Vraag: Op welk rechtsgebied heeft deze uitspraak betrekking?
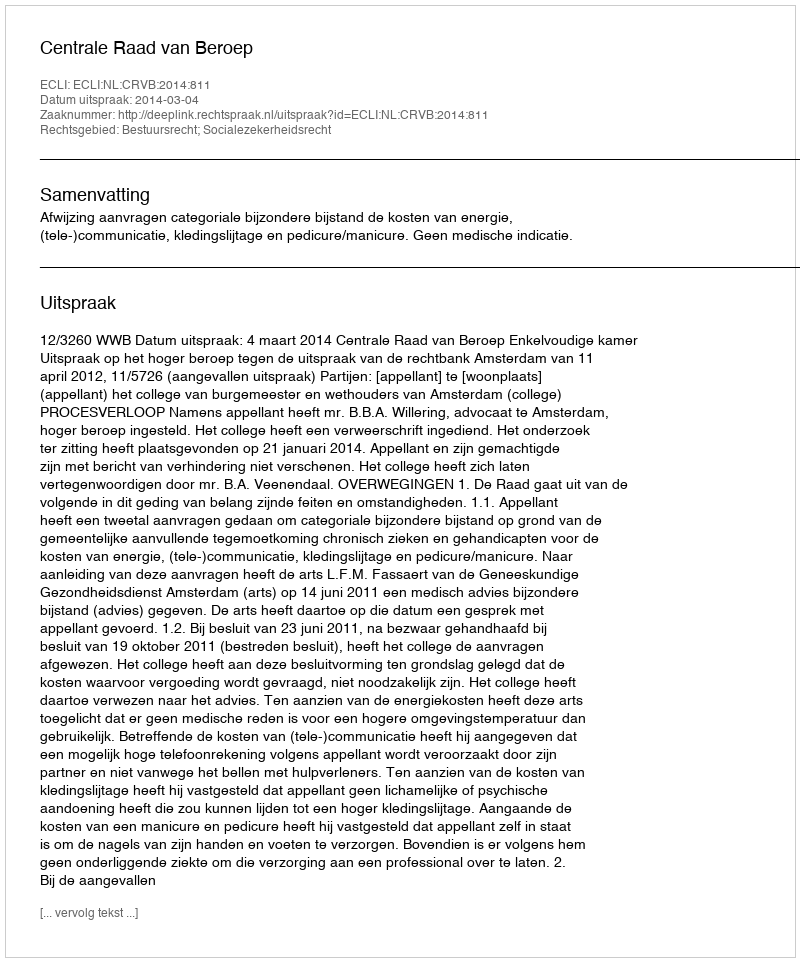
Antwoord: Bestuursrecht; Socialezekerheidsrecht